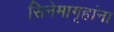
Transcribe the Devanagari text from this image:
सिनेमागृहांना